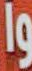
وا